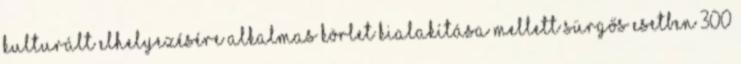
kulturált elhelyezésére alkalmas körlet kialakítása mellett sürgős esetben 300